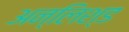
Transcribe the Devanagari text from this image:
अन्लिश्ड